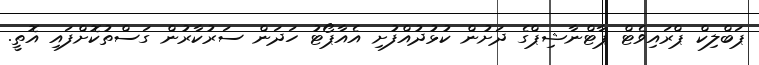
ޕަބްލިކް ޕްރައިވެޓް ޕާޓްނާޝިޕްގެ ދަށުން ކުޅުދުއްފުށި އެއާޕޯޓު ހަދަން ސަރުކާރުން ގަސްތުކޮށްފައި އޮތީ.